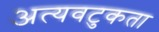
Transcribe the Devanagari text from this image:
अत्यवटुकता